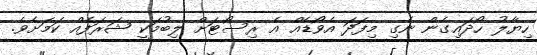
ހިޔާލު ހޯދައިގެން ނެގި މިފަދަ އެވޯޑެއް އެ ރިސޯޓަށް ލިބުމަކީ ޝަރަފެއް ކަމަށެވެ.